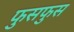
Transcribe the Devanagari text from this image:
फुसफुस